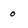
Character: o